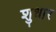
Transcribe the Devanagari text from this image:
शुधार